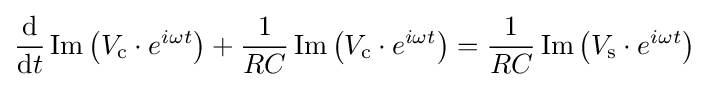
{\frac {\mathrm {d} }{\mathrm {d} t}}\operatorname {Im} \left(V_{\text{c}}\cdot e^{i\omega t}\right)+{\frac {1}{RC}}\operatorname {Im} \left(V_{\text{c}}\cdot e^{i\omega t}\right)={\frac {1}{RC}}\operatorname {Im} \left(V_{\text{s}}\cdot e^{i\omega t}\right)